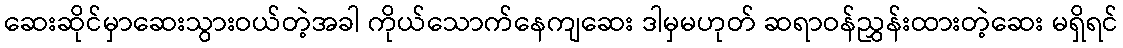
ဆေးဆိုင်မှာဆေးသွားဝယ်တဲ့အခါ ကိုယ်သောက်နေကျဆေး ဒါမှမဟုတ် ဆရာဝန်ညွှန်းထားတဲ့ဆေး မရှိရင်